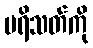
ပရိသတ်ကို